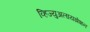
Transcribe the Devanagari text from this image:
व्हिज्युअलायझेशन